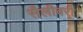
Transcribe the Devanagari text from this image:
सैलीवरी